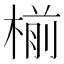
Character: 椾